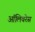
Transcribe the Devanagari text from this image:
ऑलिवरेस